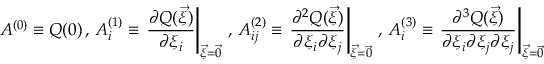
A ^ { ( 0 ) } \equiv Q ( \boldsymbol { 0 } ) \, , \, A _ { i } ^ { ( 1 ) } \equiv \left. \frac { \partial Q ( \vec { \xi } ) } { \partial \xi _ { i } } \right| _ { \vec { \xi } = \vec { 0 } } \, , \, A _ { i j } ^ { ( 2 ) } \equiv \left. \frac { \partial ^ { 2 } Q ( \vec { \xi } ) } { \partial \xi _ { i } \partial \xi _ { j } } \right| _ { \vec { \xi } = \vec { 0 } } \, , \, A _ { i } ^ { ( 3 ) } \equiv \left. \frac { \partial ^ { 3 } Q ( \vec { \xi } ) } { \partial \xi _ { i } \partial \xi _ { j } \partial \xi _ { j } } \right| _ { \vec { \xi } = \vec { 0 } }